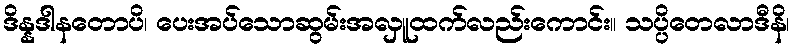
ဒိန္နဒါနတောပိ၊ ပေးအပ်သောဆွမ်းအလှူထက်လည်းကောင်း။ သပ္ပိတေလာဒီနိ၊